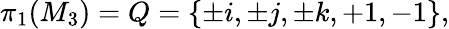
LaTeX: \pi_{1}(M_{3})=Q=\{ \pm i,\pm j,\pm k,+1,-1\} ,